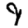
Digit: 9